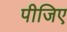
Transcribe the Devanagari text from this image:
पीजिए